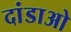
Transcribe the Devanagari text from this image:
दांडाओ